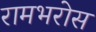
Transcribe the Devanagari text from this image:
रामभरोस